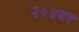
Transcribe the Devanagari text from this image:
२०४वर